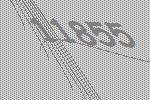
11855